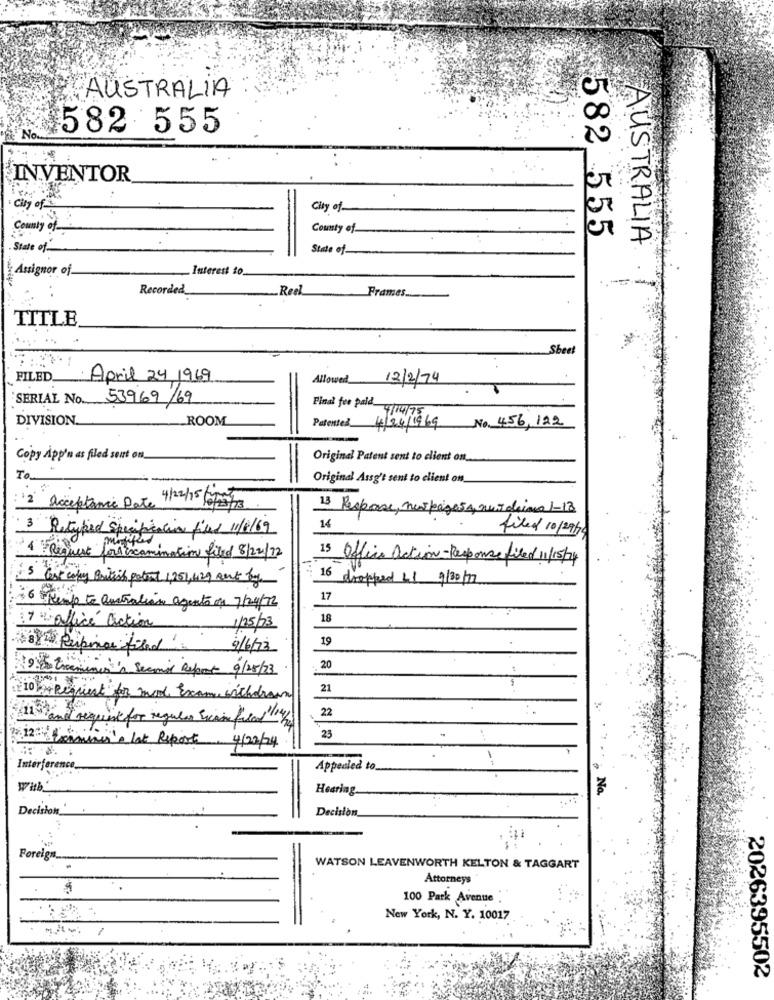
AUSTRALIA
582 555
INVENTOR
City of
City of
County of
County of_
582 555
AUSTRALIA
State of
State of_
Assignor of.
Interest to.
Recorded_
-Reel
Frames .....
TITLE
Sheet
FILED April 24 1969
Allowed 12/2/74
SERIAL No ...
53969/69
Final fee paid. nun-75
DIVISION.
ROOM
Patented_
4/24/1969 No. 456,122
Copy App'n as filed sent on
Original Patent sent to client on_
To.
Original Assg't sent to client on
12 acceptance Date 4/22/15 /05/3
13 Response, new page54, nun daima 1-18
3 Retyped Specification filed 11/6/69
14
filed 10/29/79
1 Request for examination filed 8/22/72
15 Office action -Response filed 11/15/9
16
3 Cest copy British patent 1,251, 429 Rent by.
dropped L1 9/30/12
17
6 Renje to australian agents of 7/24/12
18
17 - office action
1/25/73
19
Perpinos filed
9/6/12
20
9: traminer 's Second Report 9/25/23
21
10 Regrient for mod Exame withdrawn
and request for regular sicome flad 14/
22
23
12 Sommini's lat Report. 4/02/24
-
Interference_
Appealed to
Hearing
Decisions_'
=
Decision
Foreign ......
WATSON LEAVENWORTH KELTON & TAGGART
Attorneys
100 Park Avenue
New York, N. Y. 10017
2026395502